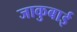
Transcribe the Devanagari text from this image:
जाकुबाई